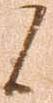
候